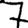
Digit: 7